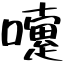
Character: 嚔